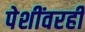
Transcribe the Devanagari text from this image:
पेशींवरही